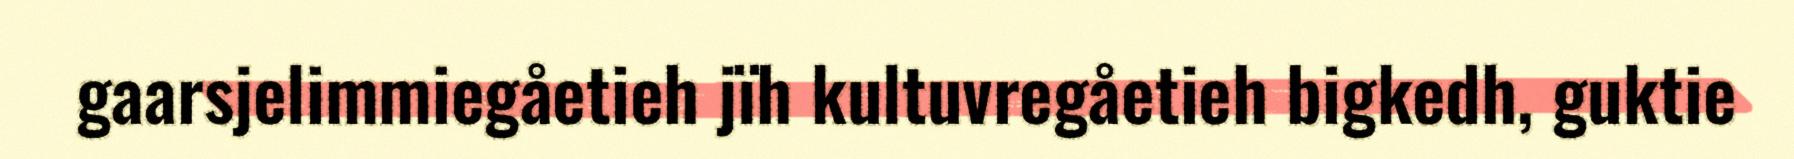
gaarsjelimmiegåetieh jïh kultuvregåetieh bigkedh, guktie